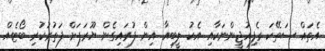
އެތައް ސަތޭކަ ރެފިއުޖީންނަކާއި އެކު ލީބިއާ އިން ފުރައިގެން ޔޫރަޕަށް ފަތުރުކުރި ބޯޓެއް